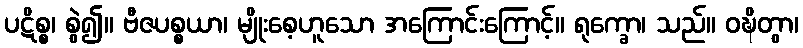
ပဋိစ္စ၊ စွဲ၍။ ဗီဇပစ္စယာ၊ မျိုးစေ့ဟူသော အကြောင်းကြောင့်။ ရုက္ခော၊ သည်။ ဝဍ္ဎိတွာ၊